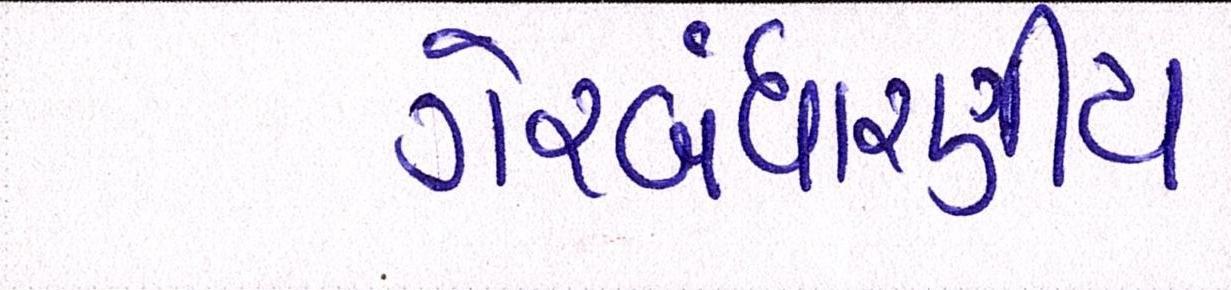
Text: ગેરબંધારણીય